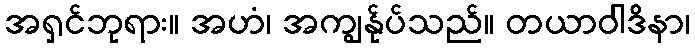
အရှင်ဘုရား။ အဟံ၊ အကျွန်ုပ်သည်။ တယာဝါဒိနာ၊